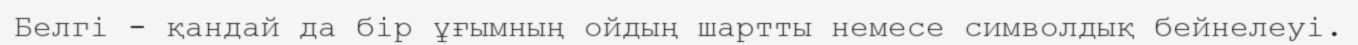
Белгі - қандай да бір ұғымның ойдың шартты немесе символдық бейнелеуі.